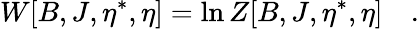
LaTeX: W[B,J,\eta^{\ast},\eta]=\ln Z[B,J,\eta^{\ast},\eta]\quad.